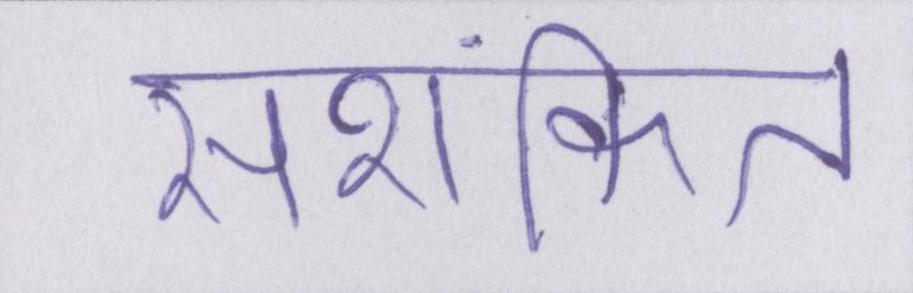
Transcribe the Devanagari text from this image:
सशंकित